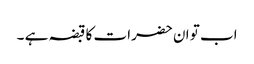
اب تو ان حضرات کا قبضہ ہے ۔